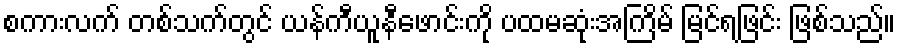
စကားလက် တစ်သက်တွင် ယန်ကီယူနီဖောင်းကို ပထမဆုံးအကြိမ် မြင်ရဖြင်း ဖြစ်သည်။